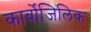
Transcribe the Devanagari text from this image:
कार्बोजिलिक